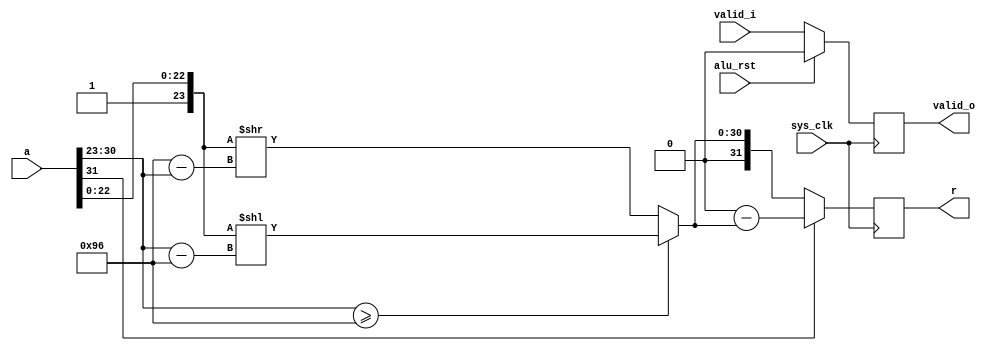
module pfpu_f2i(
	input sys_clk,
	input alu_rst,
	
	input [31:0] a,
	input valid_i,
	
	output reg [31:0] r,
	output reg valid_o
);

wire		a_sign = a[31];
wire [7:0]	a_expn = a[30:23];
wire [23:0]	a_mant = {1'b1, a[22:0]};

reg [30:0] shifted;
always @(*) begin
	if(a_expn >= 8'd150)
		shifted = a_mant << (a_expn - 8'd150);
	else
		shifted = a_mant >> (8'd150 - a_expn);
end

always @(posedge sys_clk) begin
	if(alu_rst)
		valid_o <= 1'b0;
	else
		valid_o <= valid_i;
	if(a_sign)
		r <= 32'd0 - {1'b0, shifted};
	else
		r <= {1'b0, shifted};
end

endmodule